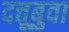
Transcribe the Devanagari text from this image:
दत्तूबुवा